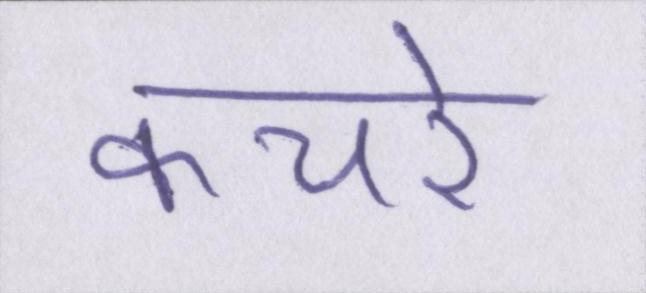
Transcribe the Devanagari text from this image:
कचरे